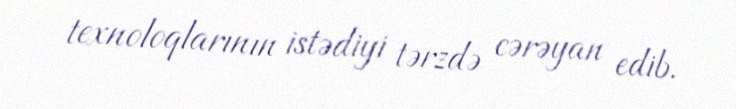
texnoloqlarının istədiyi tərzdə cərəyan edib.